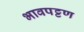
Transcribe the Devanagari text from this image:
भावपट्टण